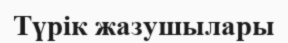
Түрiк жазушылары